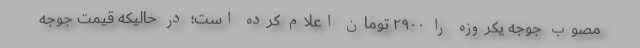
مصوب جوجه یکروزه را ۲۹۰۰ تومان اعلام کرده است؛ در حالیکه قیمت جوجه